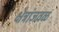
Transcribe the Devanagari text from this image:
क्षेत्रांजवळ